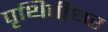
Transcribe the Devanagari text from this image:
पृथिवीधर